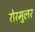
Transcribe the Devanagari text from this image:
रोरमुलर